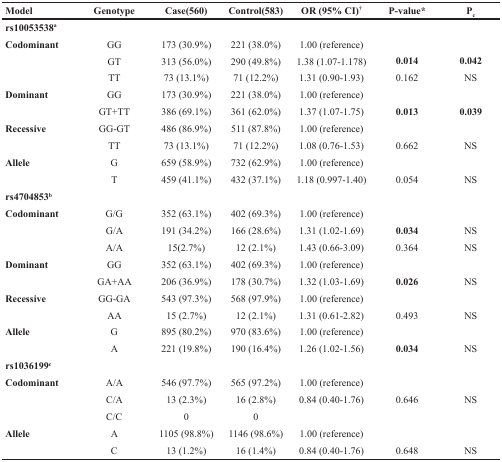
<table><thead><tr><td><b>Model</b></td><td><b>Genotype</b></td><td><b>Case(560)</b></td><td><b>Control(583)</b></td><td><b>OR (95% CI)<sup>†</sup></b></td><td><b>P-value<sup>*</sup></b></td><td><b>P<sub>c</sub></b></td></tr></thead><tbody><tr><td><b>rs10053538</b><sup>a</sup></td><td></td><td></td><td></td><td></td><td></td><td></td></tr><tr><td rowspan="3"><b>Codominant</b></td><td>GG</td><td>173 (30.9%)</td><td>221 (38.0%)</td><td>1.00 (reference)</td><td></td><td></td></tr><tr><td>GT</td><td>313 (56.0%)</td><td>290 (49.8%)</td><td>1.38 (1.07-1.178)</td><td><b>0.014</b></td><td><b>0.042</b></td></tr><tr><td>TT</td><td>73 (13.1%)</td><td>71 (12.2%)</td><td>1.31 (0.90-1.93)</td><td>0.162</td><td>NS</td></tr><tr><td rowspan="2"><b>Dominant</b></td><td>GG</td><td>173 (30.9%)</td><td>221 (38.0%)</td><td>1.00 (reference)</td><td></td><td></td></tr><tr><td>GT+TT</td><td>386 (69.1%)</td><td>361 (62.0%)</td><td>1.37 (1.07-1.75)</td><td><b>0.013</b></td><td><b>0.039</b></td></tr><tr><td rowspan="2"><b>Recessive</b></td><td>GG-GT</td><td>486 (86.9%)</td><td>511 (87.8%)</td><td>1.00 (reference)</td><td></td><td></td></tr><tr><td>TT</td><td>73 (13.1%)</td><td>71 (12.2%)</td><td>1.08 (0.76-1.53)</td><td>0.662</td><td>NS</td></tr><tr><td rowspan="2"><b>Allele</b></td><td>G</td><td>659 (58.9%)</td><td>732 (62.9%)</td><td>1.00 (reference)</td><td></td><td></td></tr><tr><td>T</td><td>459 (41.1%)</td><td>432 (37.1%)</td><td>1.18 (0.997-1.40)</td><td>0.054</td><td>NS</td></tr><tr><td><b>rs4704853<sup>b</sup></b></td><td></td><td></td><td></td><td></td><td></td><td></td></tr><tr><td rowspan="3"><b>Codominant</b></td><td>G/G</td><td>352 (63.1%)</td><td>402 (69.3%)</td><td>1.00 (reference)</td><td></td><td></td></tr><tr><td>G/A</td><td>191 (34.2%)</td><td>166 (28.6%)</td><td>1.31 (1.02-1.69)</td><td><b>0.034</b></td><td>NS</td></tr><tr><td>A/A</td><td>15(2.7%)</td><td>12 (2.1%)</td><td>1.43 (0.66-3.09)</td><td>0.364</td><td>NS</td></tr><tr><td rowspan="2"><b>Dominant</b></td><td>GG</td><td>352 (63.1%)</td><td>402 (69.3%)</td><td>1.00 (reference)</td><td></td><td></td></tr><tr><td>GA+AA</td><td>206 (36.9%)</td><td>178 (30.7%)</td><td>1.32 (1.03-1.69)</td><td><b>0.026</b></td><td>NS</td></tr><tr><td rowspan="2"><b>Recessive</b></td><td>GG-GA</td><td>543 (97.3%)</td><td>568 (97.9%)</td><td>1.00 (reference)</td><td></td><td></td></tr><tr><td>AA</td><td>15 (2.7%)</td><td>12 (2.1%)</td><td>1.31 (0.61-2.82)</td><td>0.493</td><td>NS</td></tr><tr><td rowspan="2"><b>Allele</b></td><td>G</td><td>895 (80.2%)</td><td>970 (83.6%)</td><td>1.00 (reference)</td><td></td><td></td></tr><tr><td>A</td><td>221 (19.8%)</td><td>190 (16.4%)</td><td>1.26 (1.02-1.56)</td><td><b>0.034</b></td><td>NS</td></tr><tr><td><b>rs1036199<sup>c</sup></b></td><td></td><td></td><td></td><td></td><td></td><td></td></tr><tr><td rowspan="3"><b>Codominant</b></td><td>A/A</td><td>546 (97.7%)</td><td>565 (97.2%)</td><td>1.00 (reference)</td><td></td><td></td></tr><tr><td>C/A</td><td>13 (2.3%)</td><td>16 (2.8%)</td><td>0.84 (0.40-1.76)</td><td>0.646</td><td>NS</td></tr><tr><td>C/C</td><td>0</td><td>0</td><td></td><td></td><td></td></tr><tr><td rowspan="2"><b>Allele</b></td><td>A</td><td>1105 (98.8%)</td><td>1146 (98.6%)</td><td>1.00 (reference)</td><td></td><td></td></tr><tr><td>C</td><td>13 (1.2%)</td><td>16 (1.4%)</td><td>0.84 (0.40-1.76)</td><td>0.648</td><td>NS</td></tr></tbody></table>